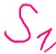
Text: S1